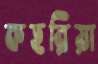
কহরিয়া